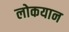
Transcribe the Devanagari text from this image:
लोकयान